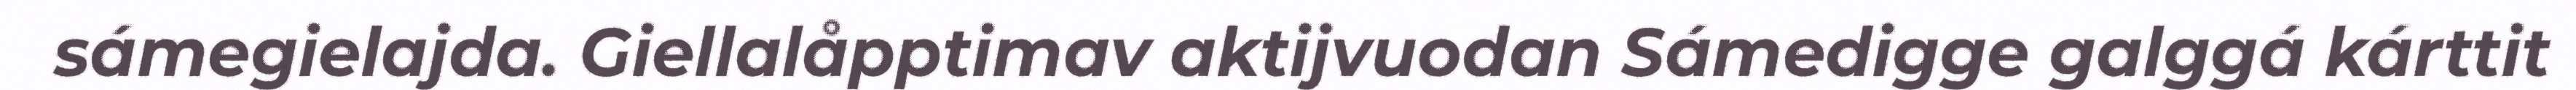
sámegielajda. Giellalåpptimav aktijvuodan Sámedigge galggá kárttit